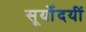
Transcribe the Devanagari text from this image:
सूर्योदयीं